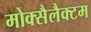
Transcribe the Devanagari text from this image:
मोक्सैलैक्टम